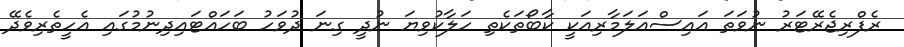
ރެފްރިޖެރޭޓަރު ނުވަތަ އައިސްއަލަމާރިއަކީ ކާބޯތަކެތި ހަލާކުވިޔަ ނުދީ ގިނަ ދުވަހު ބަހައްޓައިދިނުމުގައި އެހީތެރިވެދޭ